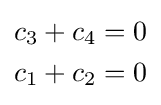
{\begin{aligned}c_{3}+c_{4}&=0\\c_{1}+c_{2}&=0\end{aligned}}